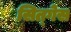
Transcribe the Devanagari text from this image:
सित्गेस